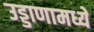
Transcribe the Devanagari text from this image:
उड्डाणामध्ये